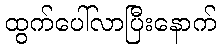
ထွက်ပေါ်လာပြီးနောက်